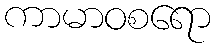
ကာမာဝစရော